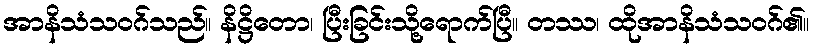
အာနိသံသဝဂ်သည်။ နိဋ္ဌိတော၊ ပြီးခြင်းသို့ရောက်ပြီ။ တဿ၊ ထိုအာနိသံသဝဂ်၏။